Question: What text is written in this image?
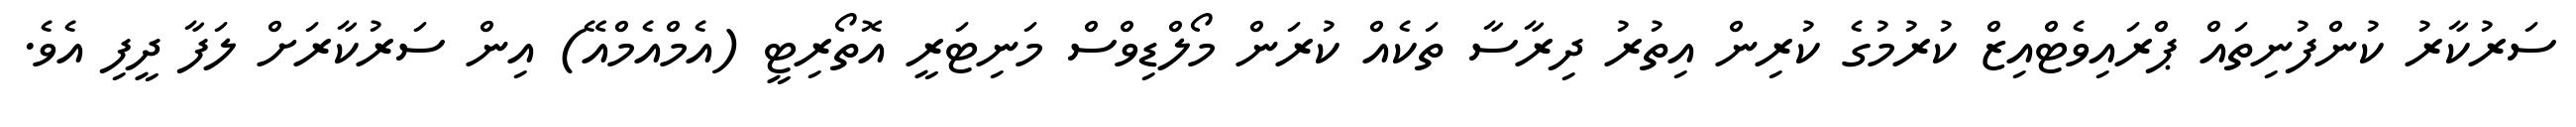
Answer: ސަރުކާރު ކުންފުނިތައް ޕްރައިވެޓްއިޒް ކުރުމުގެ ކުރިން އިތުރު ދިރާސާ ތަކެއް ކުރަން މޯލްޑިވްސް މަނިޓަރީ އޮތޯރިޓީ (އެމްއެމްއޭ) އިން ސަރުކާރަށް ލަފާ ދީފި އެވެ.